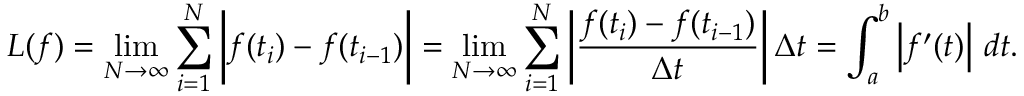
L ( f ) = \operatorname* { l i m } _ { N \to \infty } \sum _ { i = 1 } ^ { N } { \bigg | } f ( t _ { i } ) - f ( t _ { i - 1 } ) { \bigg | } = \operatorname* { l i m } _ { N \to \infty } \sum _ { i = 1 } ^ { N } \left| { \frac { f ( t _ { i } ) - f ( t _ { i - 1 } ) } { \Delta t } } \right| \Delta t = \int _ { a } ^ { b } { \Big | } f ^ { \prime } ( t ) { \Big | } \ d t .